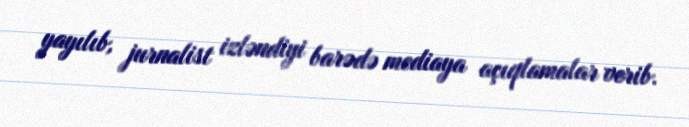
yayılıb, jurnalist izləndiyi barədə mediaya açıqlamalar verib.